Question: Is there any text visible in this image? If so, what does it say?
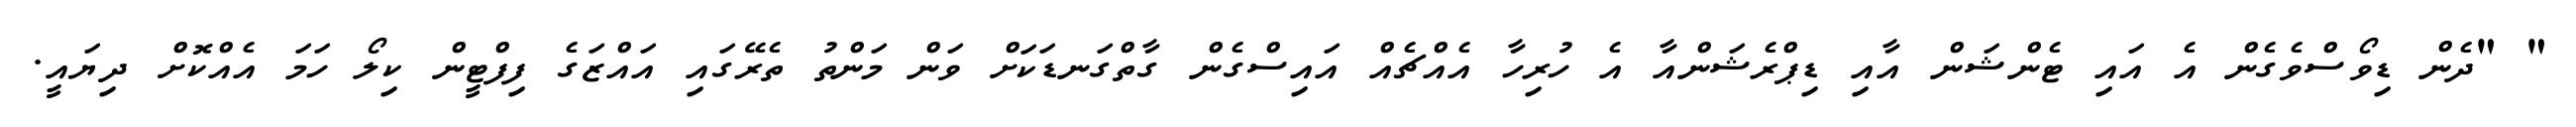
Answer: " "ދެން ޑިވޯސްވެގެން އެ އައި ޓެންޝަން އާއި ޑިޕްރެޝަންއާ އެ ހުރިހާ އެއްޗެއް އައިސްގެން ގާތްގަނޑަކަށް ވަން މަންތު ތެރޭގައި އައްޒަގެ ފިފްޓީން ކިލޯ ހަމަ އެއްކޮށް ދިޔައީ.